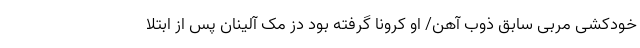
خودکشی مربی سابق ذوب آهن/ او کرونا گرفته بود دز مک آلینان پس از ابتلا